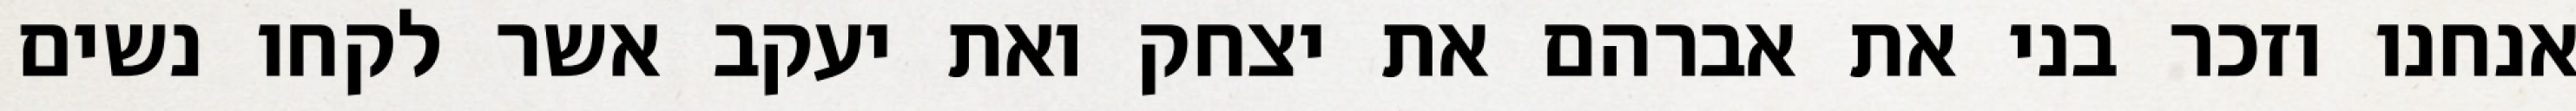
אנחנו וזכר בני את אברהם את יצחק ואת יעקב אשר לקחו נשים